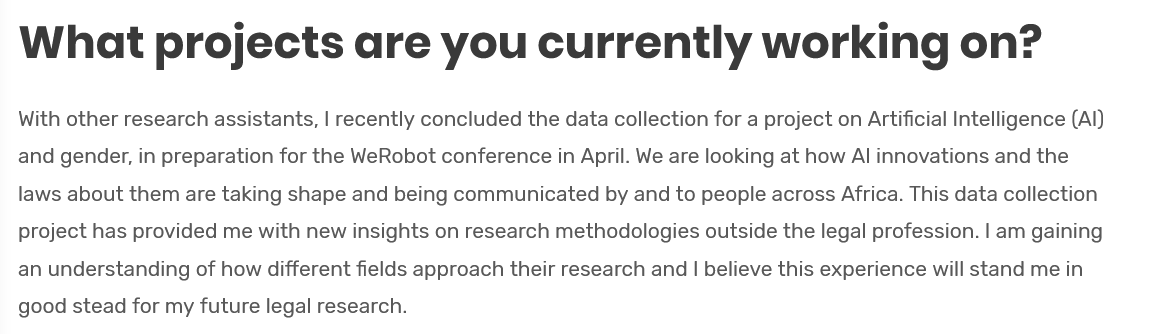
What    projects    are    you    currently    working    on?
  With other research assistants, | recently concluded the data collection for a project on Artificial Intelligence (Al)
  and gender, in preparation for the WeRobot conference in April. We are looking at how Al innovations and the
  laws about them are taking shape and being communicated by and to people across Africa. This data collection
  project has provided me with new insights on research methodologies outside the legal profession. | am gaining
  an understanding of how different fields approach their research and | believe this experience will stand me in
  good stead for my future legal research.